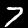
Label: 7